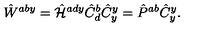
\hat { W } ^ { a b y } = \hat { \cal H } ^ { a d y } \hat { C } _ { d } ^ { b } \hat { C } _ { y } ^ { y } = \hat { P } ^ { a b } \hat { C } _ { y } ^ { y } .